Vaccination report Assam 1874-1896 - 1874-1896
Year: 1874
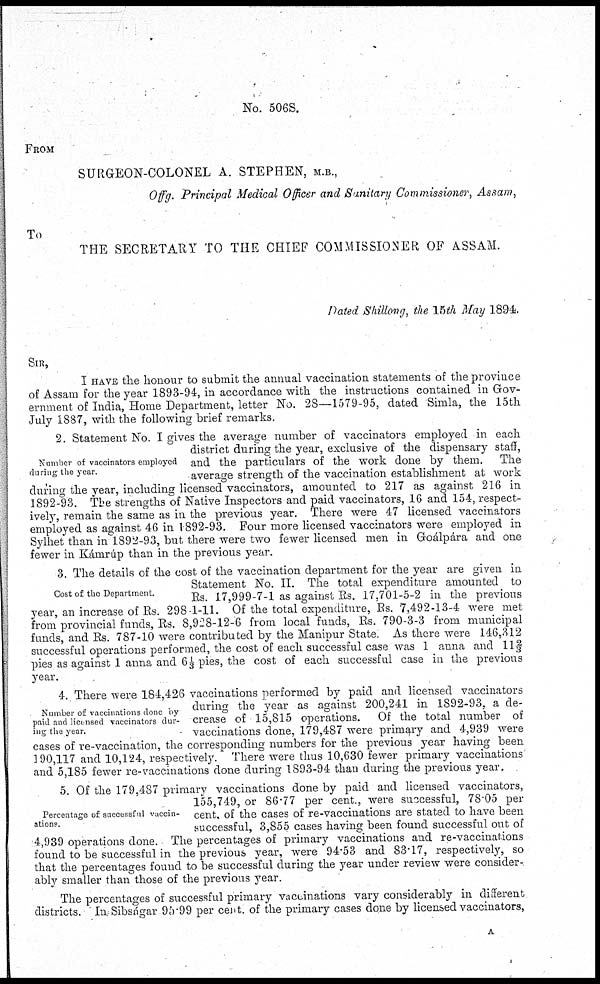
No. 506S.
FROM
SURGEON-COLONEL A. STEPHEN, M.B.,
Offg. Principal Medical Officer and Sanitary Commissioner, Assam,
To
THE SECRETARY TO THE CHIEF COMMISSIONER OF ASSAM.
Dated Shillong, the 15th May 1894.
SIR,
I HAVE the honour to submit the annual vaccination statements of the province
of Assam for the year 1893-94, in accordance with the instructions contained in Gov-
ernment of India, Home Department, letter No. 28—1579-95, dated Simla, the 15th
July 1887, with the following brief remarks.
Number of vaccinators employed
during the year.
2. Statement No. I gives the average number of vaccinators employed in each
district during the year, exclusive of the dispensary staff,
and the particulars of the work done by them. The
average strength of the vaccination establishment at work
during the year, including licensed vaccinators, amounted to 217 as against 216 in
1892-93. The strengths of Native Inspectors and paid vaccinators, 16 and 154, respect-
ively, remain the same as in the previous year. There were 47 licensed vaccinators
employed as against 46 in 1892-93. Four more licensed vaccinators were employed in
Sylhet than in 1892-93, but there were two fewer licensed men in Goálpára and one
fewer in Kámrúp than in the previous year.
Cost of the Department.
3. The details of the cost of the vaccination department for the year are given in
Statement No. II. The total expenditure amounted to
Rs. 17,999-7-1 as against Rs. 17,701-5-2 in the previous
year, an increase of Rs. 298-1-11. Of the total expenditure, Rs. 7,492-13-4 were met
from provincial funds, Rs. 8,928-12-6 from local funds, Rs. 790-3-3 from municipal
funds, and Rs. 787-10 were contributed by the Manipur State. As there were 146,312
successful operations performed, the cost of each successful case was 1 anna and 11 2/3
pies as against 1 anna and 6 1/3 pies, the cost of each successful case in the previous
year.
Number of vaccinations done by
paid and licensed vaccinators dur-
ing the year.
4. There were 184,426 vaccinations performed by paid and licensed vaccinators
during the year as against 200,241 in 1892-93, a de-
crease of 15,815 operations. Of the total number of
vaccinations done, 179,487 were primary and 4,939 were
cases of re-vaccination, the corresponding numbers for the previous year having been
190,117 and 10,124, respectively. There were thus 10,630 fewer primary vaccinations
and 5,185 fewer re-vaccinations done during 1893-94 than during the previous year.
Percentage of successful vaccin-
ations.
5. Of the 179,487 primary vaccinations done by paid and licensed vaccinators,
155,749, or 86.77 per cent., were successful, 78.05 per
cent, of the cases of re-vaccinations are stated to have been
successful, 3,855 cases having been found successful out of
4,939 operations done. The percentages of primary vaccinations and re-vaccinations
found to be successful in the previous year, were 94.53 and 83.17, respectively, so
that the percentages found to be successful during the year under review were consider-
ably smaller than those of the previous year.
The percentages of successful primary vaccinations vary considerably in different
districts. In Sibságar 95.99 per cent. of the primary cases done by licensed vaccinators,
A